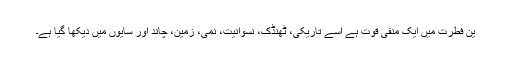
ین فطرت میں ایک منفی قوت ہے اسے تاریکی، ٹھنڈک، نسوانیت، نمی، زمین، چاند اور سایوں میں دیکھا گیا ہے۔